Dysentery and liver abscess in Bombay - Number 47
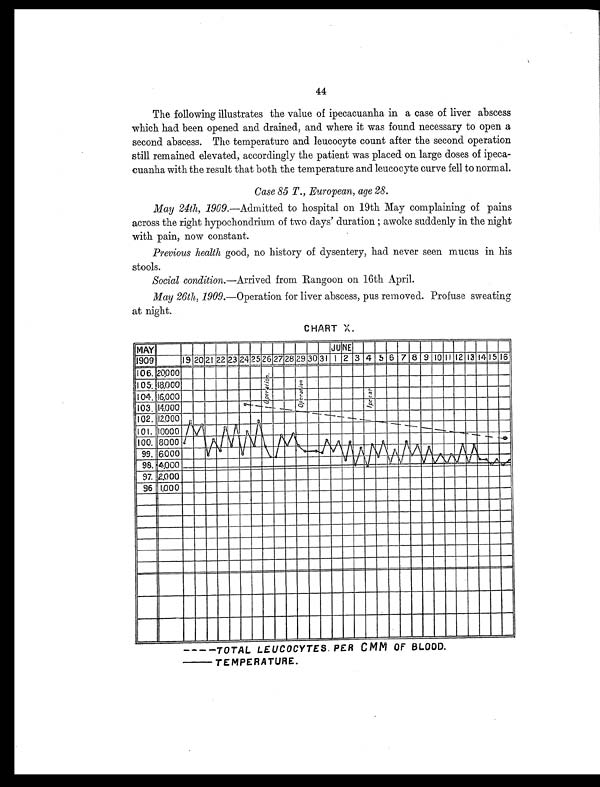
44
The following illustrates the value of ipecacuanha in a case of liver abscess
which had been opened and drained, and where it was found necessary to open a
second abscess. The temperature and leucocyte count after the second operation
still remained elevated, accordingly the patient was placed on large doses of ipeca-
cuanha with the result that both the temperature and leucocyte curve fell to normal.
Case 85 T., European, age 28.
May 24th, 1909.—Admitted to hospital on 19th May complaining of pains
across the right hypochondrium of two days' duration ; awoke suddenly in the night
with pain, now constant.
Previous health good, no history of dysentery, had never seen mucus in his
stools.
Social condition.—Arrived from Rangoon on 16th April.
May 26th, 1909.—Operation for liver abscess, pus removed. Profuse sweating
at night.
CHART X.